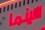
سينم